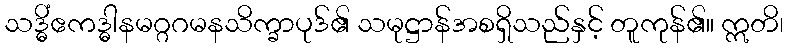
သဒ္ဓိံဧကဒ္ဓါနမဂ္ဂဂမနသိက္ခာပုဒ်၏ သမုဋ္ဌာန်အစရှိသည်နှင့် တူကုန်၏။ ဣတိ၊